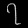
Digit: ၇